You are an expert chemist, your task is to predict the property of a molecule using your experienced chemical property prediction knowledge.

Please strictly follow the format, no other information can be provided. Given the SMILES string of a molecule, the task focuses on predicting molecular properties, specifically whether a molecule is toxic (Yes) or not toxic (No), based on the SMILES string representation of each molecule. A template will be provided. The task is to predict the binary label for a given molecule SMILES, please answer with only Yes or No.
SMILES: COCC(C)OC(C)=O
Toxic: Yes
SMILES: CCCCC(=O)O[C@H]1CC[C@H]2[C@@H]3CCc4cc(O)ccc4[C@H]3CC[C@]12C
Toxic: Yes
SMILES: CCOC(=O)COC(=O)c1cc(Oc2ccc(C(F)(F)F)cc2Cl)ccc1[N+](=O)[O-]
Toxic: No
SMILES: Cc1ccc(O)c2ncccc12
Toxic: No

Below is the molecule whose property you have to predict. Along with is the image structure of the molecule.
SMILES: c1ccc2[nH]c(-c3cscn3)nc2c1
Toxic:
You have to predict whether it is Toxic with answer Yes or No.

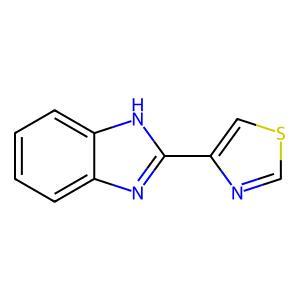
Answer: No